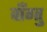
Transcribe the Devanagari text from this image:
वाँग्तु